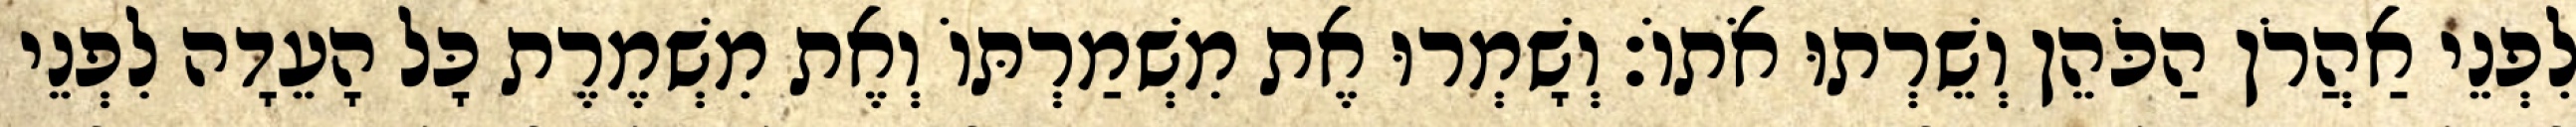
לִפְנֵי אַהֲרֹן הַכֹּהֵן וְשֵׁרְתוּ אֹתוֹ׃ וְשָׁמְרוּ אֶת מִשְׁמַרְתּוֹ וְאֶת מִשְׁמֶרֶת כָּל הָעֵדָה לִפְנֵי